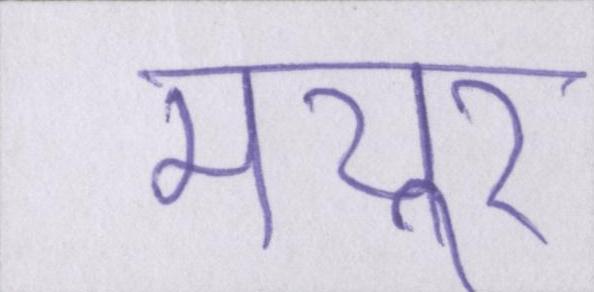
मयूर